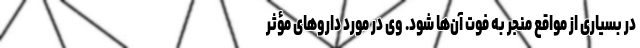
در بسیاری از مواقع منجر به فوت آن‌ها شود. وی در مورد داروهای مؤثر